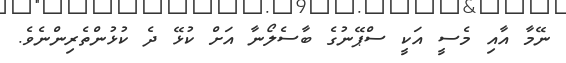
ނޭމާ އާއި މެސީ އަކީ ސްޕޭނުގެ ބާސެލޯނާ އަށް ކުޅޭ ދެ ކުޅުންތެރިންނެވެ.